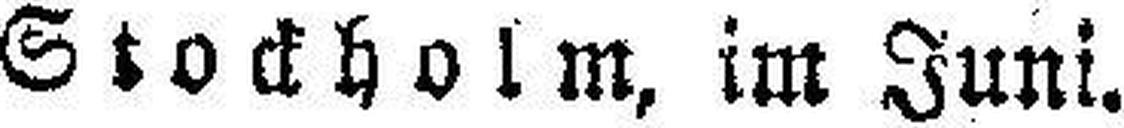
Stockholm, im Juni.